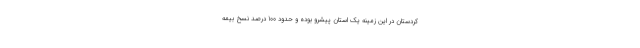
کردستان در این زمینه یک استان پیشرو بوده و حدود 100 درصد نسخ بیمه